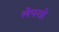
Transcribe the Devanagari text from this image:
लेपरहे